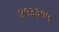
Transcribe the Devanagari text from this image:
४१३३१५